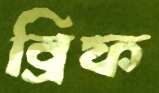
ব্রিফ